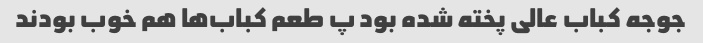
جوجه کباب عالی پخته شده بود پ طعم کباب‌ها هم خوب بودند